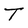
Character: T